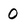
Character: 0